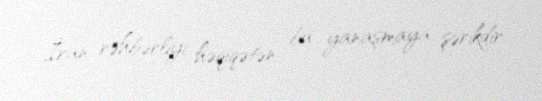
İran rəhbərliyi həqiqətən bu yanaşmaya şərikdir.